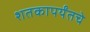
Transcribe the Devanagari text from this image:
शतकापर्यंतचे